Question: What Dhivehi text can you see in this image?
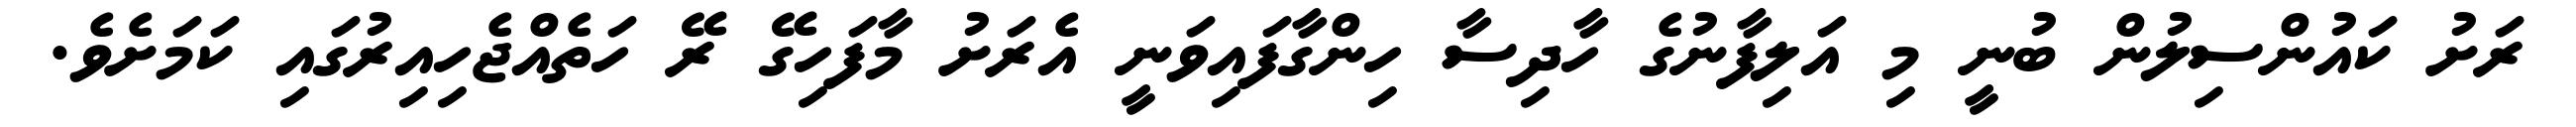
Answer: ރަށު ކައުންސިލުން ބުނީ މި އަލިފާނުގެ ހާދިސާ ހިންގާފައިވަނީ އެރަށު މާފަހިގޭ ރޭ ހަތެއްޖެހިއިރުގައި ކަމަށެވެ.